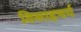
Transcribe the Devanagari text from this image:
विसाहचर्य